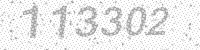
Solution: 113302